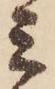
ミ